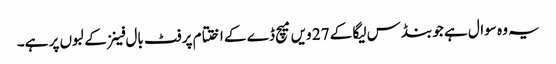
یہ وہ سوال ہے جو بنڈس لیگا کے 27 ویں میچ ڈے کے اختتام پر فٹ بال فینز کے لبوں پر ہے۔